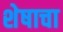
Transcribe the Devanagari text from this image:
शेषाचा